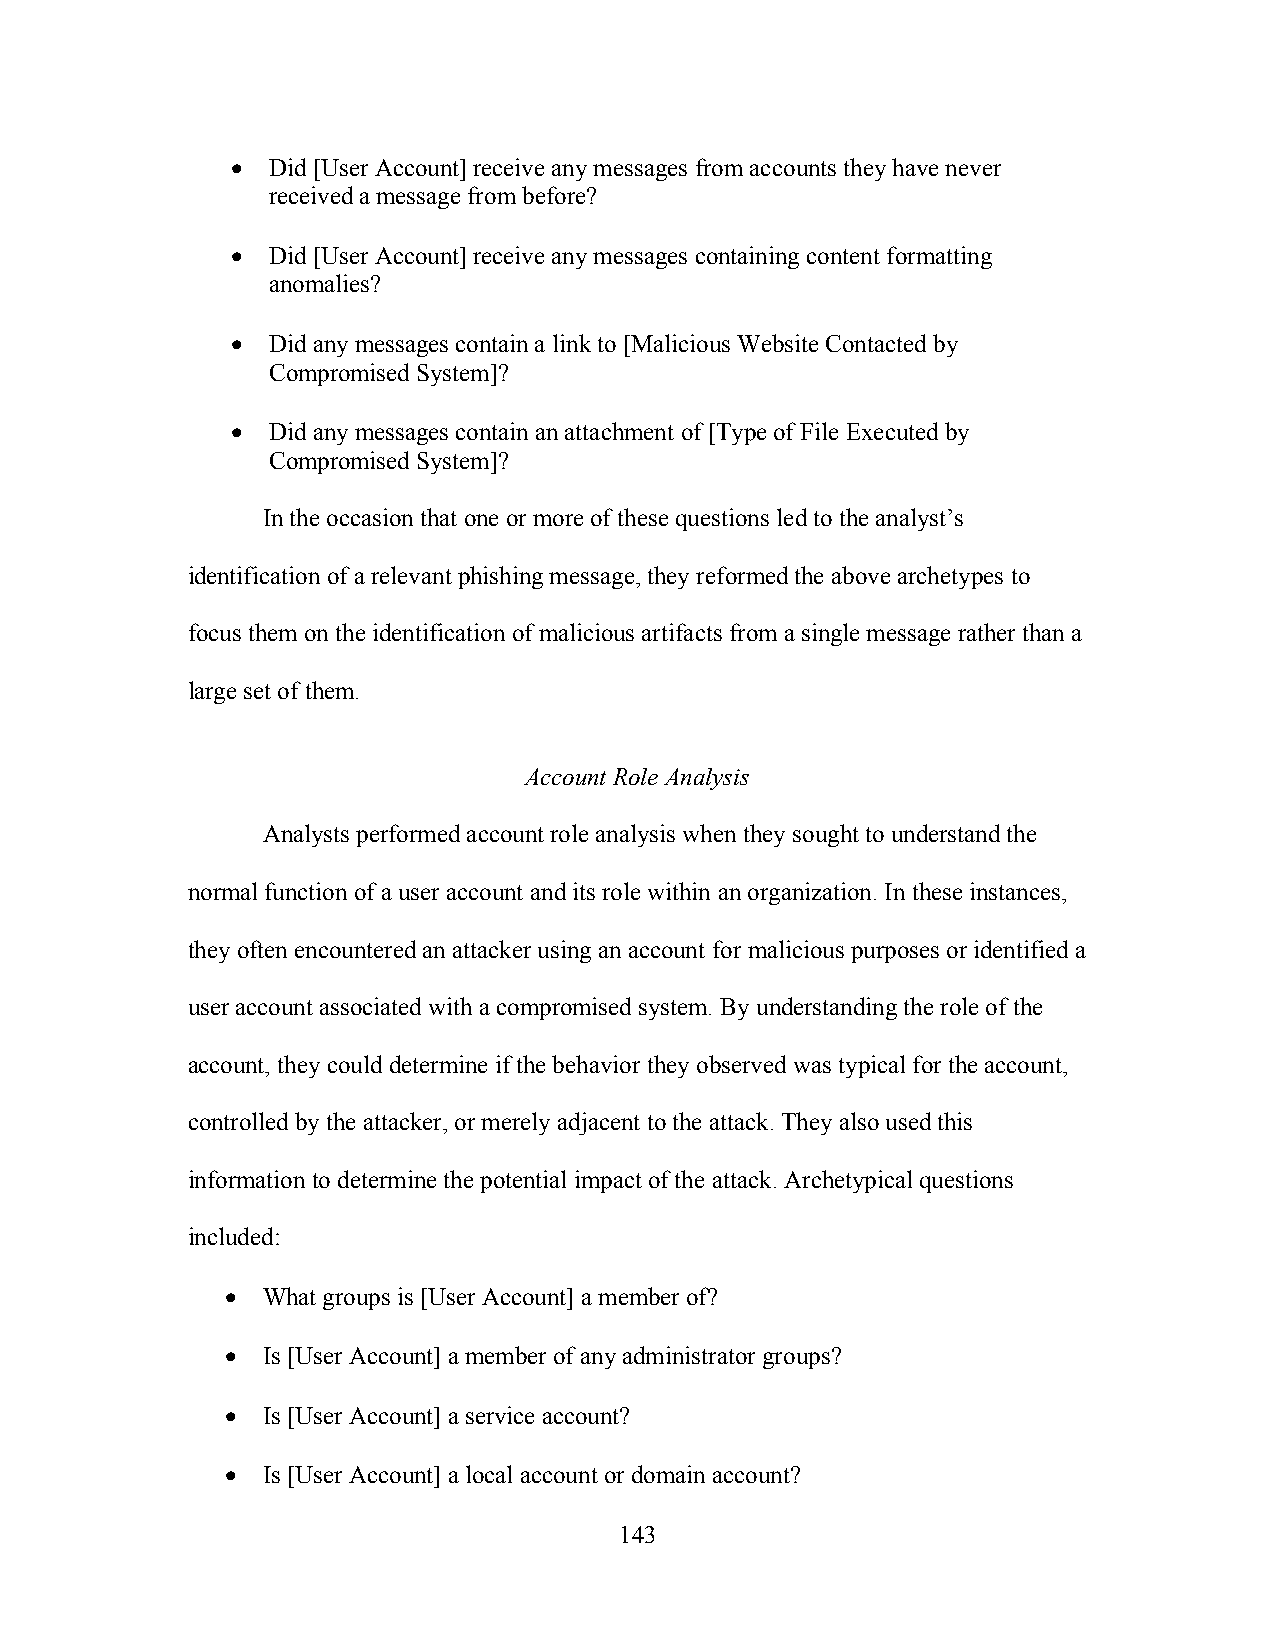
•  Did [User Account] receive any messages from accounts they have never
 received a message from before?
 •  Did [User Account] receive any messages containing content formatting
 anomalies?
 •  Did any messages contain a link to [Malicious Website Contacted by
 Compromised System]?
 •  Did any messages contain an attachment of [Type of File Executed by
 Compromised System]?
 In the occasion that one or more of these questions led to the analyst’s
 identification of a relevant phishing message, they reformed the above archetypes to
 focus them on the identification of malicious artifacts from a single message rather than a
 large set of them.
 Account Role Analysis
 Analysts performed account role analysis when they sought to understand the
 normal function of a user account and its role within an organization. In these instances,
 they often encountered an attacker using an account for malicious purposes or identified a
 user account associated with a compromised system. By understanding the role of the
 account, they could determine if the behavior they observed was typical for the account,
 controlled by the attacker, or merely adjacent to the attack. They also used this
 information to determine the potential impact of the attack. Archetypical questions
 included:
 • What groups is [User Account] a member of?
 • Is [User Account] a member of any administrator groups?
 • Is [User Account] a service account?
 • Is [User Account] a local account or domain account?
 143